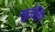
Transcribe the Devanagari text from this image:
सुतंतिर